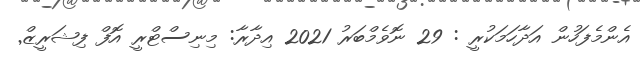
އެންމެފަހުން އަދާހަމަކުރީ : 29 ނޮވެމްބަރު 2021 އިދާރާ: މިނިސްޓްރީ އޮފް ފިޝަރީޒް